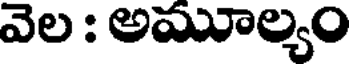
వెల : అమూల్యం